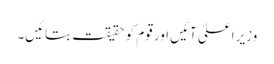
وزیر اعلیٰ آئیں اور قوم کو حقیقت بتائیں۔